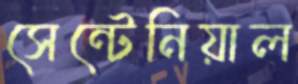
সেন্টেনিয়াল